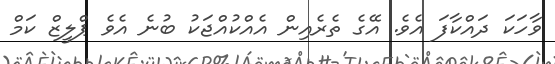
ވާހަކަ ދައްކާފަ އެވެ. އޭގެ ތެރެއިން އެއްކުއްޖަކު ބުނެ އެވެ ޕްލީޒް ކަމް